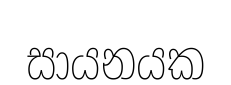
සායනයක